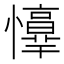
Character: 𢤈